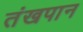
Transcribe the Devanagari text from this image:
तंखपान